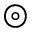
\circledcirc